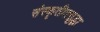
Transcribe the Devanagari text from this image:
संस्कृतीतसुद्धा